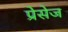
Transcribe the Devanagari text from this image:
प्रेसेज